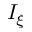
I _ { \xi }